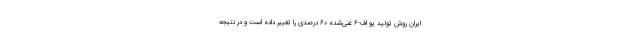
ایران روش تولید یو اف-۶ غنی‌شده ۶۰ درصدی را تغییر داده است و در نتیجه